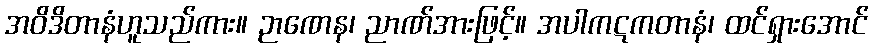
အဝိဒိတာနံဟူသည်ကား။ ဉာဏေန၊ ညာဏ်အားဖြင့်။ အပါကဋကတာနံ၊ ထင်ရှားအောင်